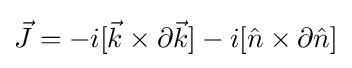
{\vec {J}}=-i[{\vec {k}}\times \partial {\vec {k}}]-i[{\hat {n}}\times \partial {\hat {n}}]